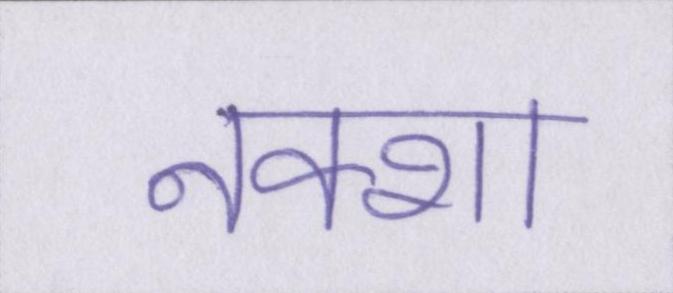
नक्शा